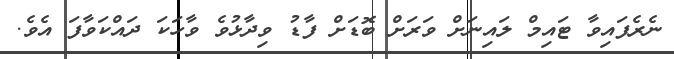
ނެރެފައިވާ ޓައިމް ލައިނަށް ވަރަށް ބޮޑަށް ފާޑު ވިދާޅުވެ ވާހަކަ ދައްކަވާފަ އެވެ.